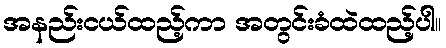
အနည်းငယ်ထည့်ကာ အတွင်းခံထဲထည့်ပါ။